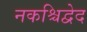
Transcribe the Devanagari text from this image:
नकश्चिद्वेद